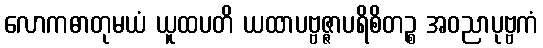
လောကဓာတုမယံ ယူထပတိ ယထာပဗ္ဗဇ္ဇာပရိစိတဉ္စ အဝညာပုဗ္ဗကံ